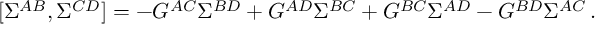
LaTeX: [ \Sigma ^ { A B } , \Sigma ^ { C D } ] = - G ^ { A C } \Sigma ^ { B D } + G ^ { A D } \Sigma ^ { B C } + G ^ { B C } \Sigma ^ { A D } - G ^ { B D } \Sigma ^ { A C } \, .